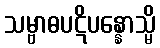
သမ္ဗာဓပဋိပန္နောသ္မိ